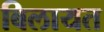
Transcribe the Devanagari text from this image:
बिलायत